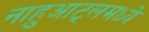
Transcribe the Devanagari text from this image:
नाहुआट्लमध्ये